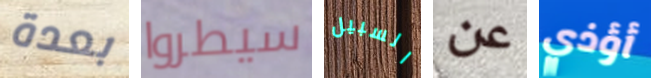
بعدة سيطروا السبيل عن أؤذي